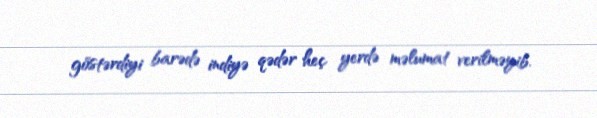
göstərdiyi barədə indiyə qədər heç yerdə məlumat verilməyib.